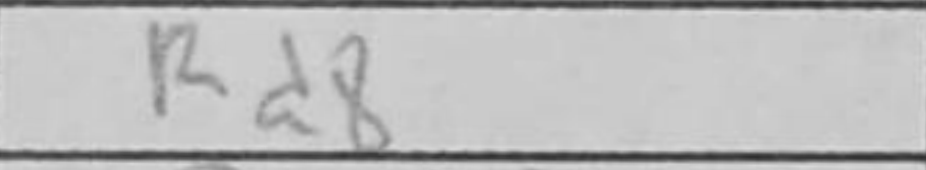
Transcription: Rd8